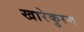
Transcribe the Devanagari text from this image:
खारेकुरण